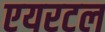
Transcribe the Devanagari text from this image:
एयरटल